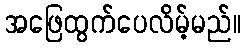
အဖြေထွက်ပေလိမ့်မည်။